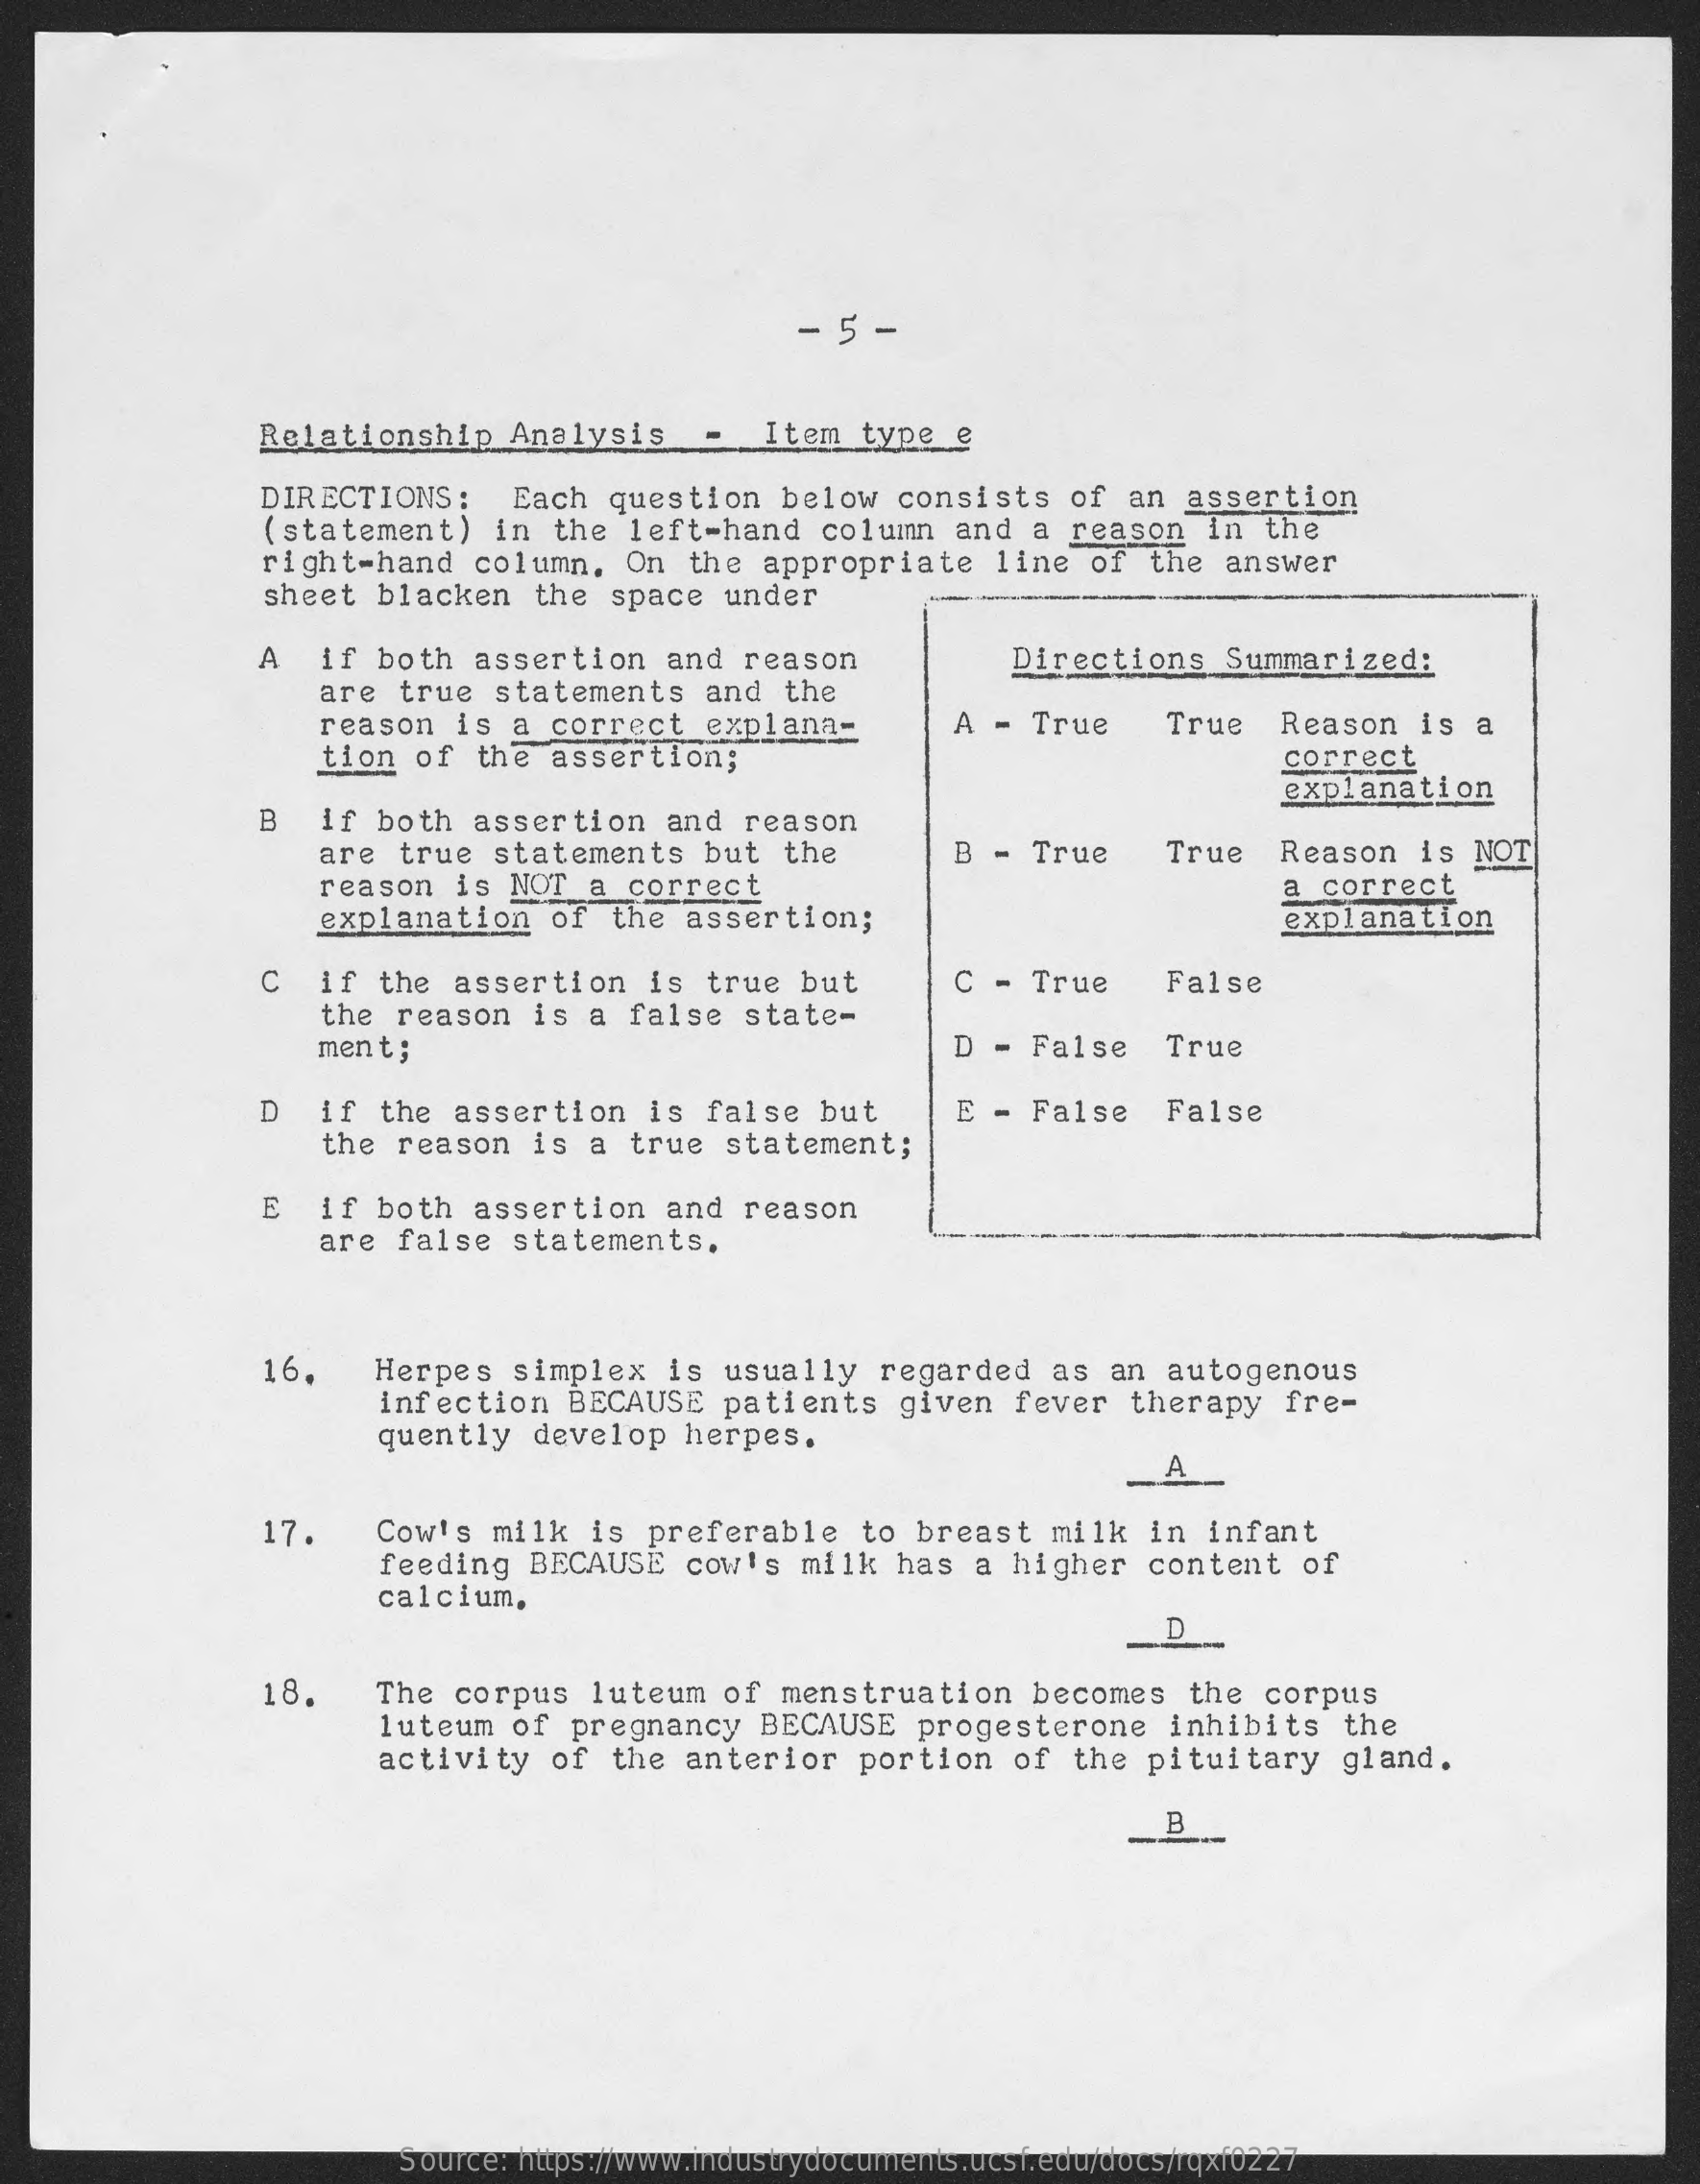
- 5 -
     Relationship    Analysis    Item   type  e
     DIRECTIONS:    Each  question   below   consists   of  an  assertion
     (statement)   in  the  left-hand    column   and  a reason   in  the
     right-hand   column.   On  the  appropriate    line  of   the answer
     sheet  blacken   the  space  under
     A   if  both  assertion    and  reason    Directions   Summarized:
     are  true   statements   and   the
     reason   is  a correct   explana-    A -  True    True   Reason   is  a
     tion  of  the  assertion;    correct
     B   if  both  assertion    and  reason
     explanation
     are  true   statements   but   the    B -  True    True   Reason   is  NOT
     reason   is NOT   a correct
     explanation    of  the  assertion;
     a  correct
     explanation
     C   if  the  assertion    is true   but    C -  True    False
     the  reason   is  a false   state-
     ment;    D -  False    True
     D   if  the  assertion    is false   but    E - False    False
     the  reason   is  a true   statement;
     E   if  both  assertion    and  reason
     are  false   statements.
     16.    Herpes   simplex   is usually    regarded   as  an autogenous
     infection   BECAUSE   patients    given   fever  therapy   fre-
     quently   develop   herpes.
     A
     17.    Cow's  milk   is preferable    to  breast   milk  in  infant
     feeding   BECAUSE   cow's   milk  has  a higher   content   of
     calcium,
     D
     18.    The  corpus   luteum  of  menstruation    becomes   the  corpus
     luteum   of pregnancy    BECAUSE   progesterone    inhibits   the
     activity   of  the  anterior   portion   of   the pituitary    gland.
     B
     Source: https://www.industrydocuments.ucsf.edu/docs/rqxf0227